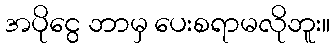
အပိုငွေ ဘာမှ ပေးစရာမလိုဘူး။